Document type: Oath
Year: 1447
Scribe: Pere Figuerola
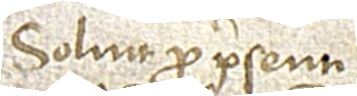
Solvit pro presenti